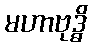
မဟာဗုဒ္ဓိ